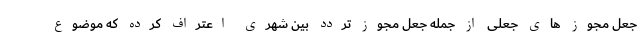
جعل مجوز های جعلی از جمله جعل مجوز تردد بین شهری اعتراف کرده که موضوع